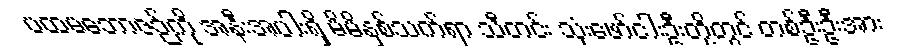
ပထမဘောဇဉ်ကို အနီးအပါးရှိ မိမိနှစ်သက်ရာ သီတင်း သုံးဖော်ငါးဦးတို့တွင် တစ်ဦးဦးအား